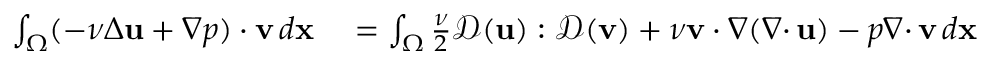
\begin{array} { r l } { \int _ { \Omega } ( - \nu \Delta { \mathbf u } + \nabla p ) \cdot { \mathbf v } \, d { \mathbf x } } & { { } = \int _ { \Omega } \frac { \nu } { 2 } { \mathcal { D } } ( { \mathbf u } ) : { \mathcal { D } } ( { \mathbf v } ) + \nu { \mathbf v } \cdot \nabla ( { { \nabla \cdot } \, } { \mathbf u } ) - p { { \nabla \cdot } \, } { \mathbf v } \, d { \mathbf x } } \end{array}